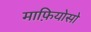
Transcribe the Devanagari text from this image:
माफ़ियोसो